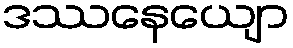
ဒဿနေယျော